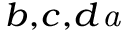
^ { b , c , d } \footnote { C o r r e s p o n d i n g a u t h o r . T e l : ~ + 8 6 - 1 0 8 8 2 3 6 2 5 6 . E - m a i l a d d r e s s : g u o c o n g @ i h e p . a c . c n ( C . ~ G u o ) . }